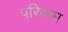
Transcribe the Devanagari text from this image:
परिवाम